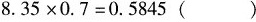
$$8.35\times 0.7=0.5845()$$